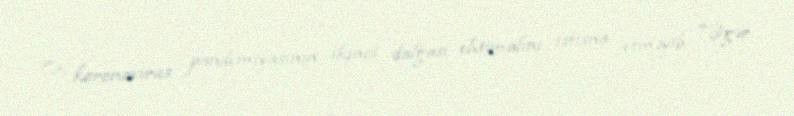
O, koronavirus pandemiyasının ikinci dalğası ehtimalını istisna etməyib: "Əgər